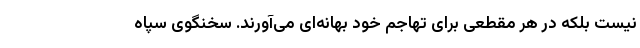
نیست بلکه در هر مقطعی برای تهاجم خود بهانه‌ای می‌آورند. سخنگوی سپاه